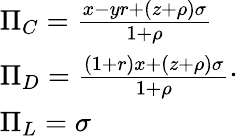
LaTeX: \begin{array}{l}{\Pi_{C}=\frac{x-yr+(z+\rho)\sigma}{1+\rho}}\\ {\Pi_{D}=\frac{(1+r)x+(z+\rho)\sigma}{1+\rho}}\\ {\Pi_{L}=\sigma}\end{array}.